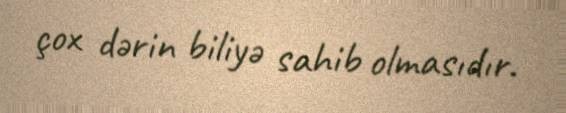
çox dərin biliyə sahib olmasıdır.